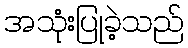
အသုံးပြုခဲ့သည်